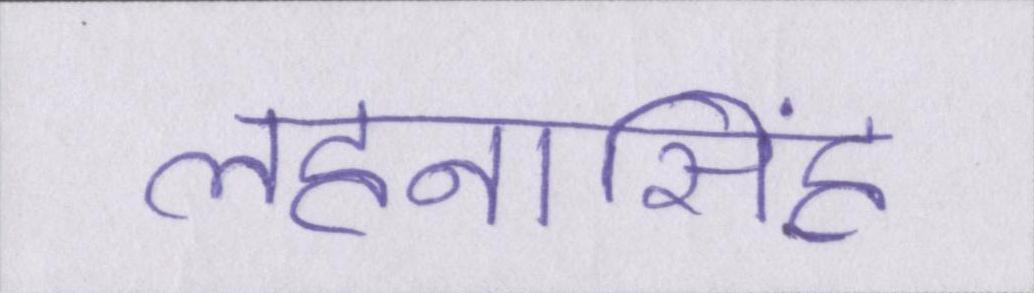
लहनासिंह